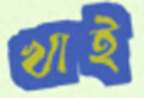
খাই